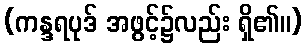
(ကန္ဒရပုဒ် အဖွင့်၌လည်း ရှိ၏။)